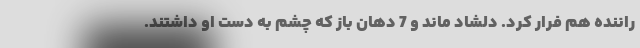
راننده هم فرار كرد. دلشاد ماند و 7 دهان باز كه چشم به دست او داشتند.